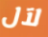
لآل